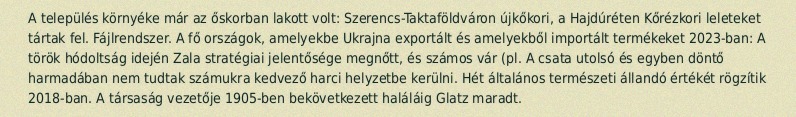
A település környéke már az őskorban lakott volt: Szerencs-Taktaföldváron újkőkori, a Hajdúréten Kőrézkori leleteket tártak fel. Fájlrendszer. A fő országok, amelyekbe Ukrajna exportált és amelyekből importált termékeket 2023-ban: A török hódoltság idején Zala stratégiai jelentősége megnőtt, és számos vár (pl. A csata utolsó és egyben döntő harmadában nem tudtak számukra kedvező harci helyzetbe kerülni. Hét általános természeti állandó értékét rögzítik 2018-ban. A társaság vezetője 1905-ben bekövetkezett haláláig Glatz maradt.